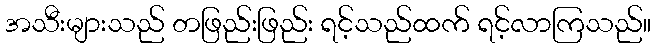
အသီးများသည် တဖြည်းဖြည်း ရင့်သည်ထက် ရင့်လာကြသည်။